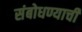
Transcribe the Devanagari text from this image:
संबोधण्याची